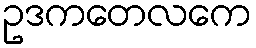
ဥဒကတေလကေ